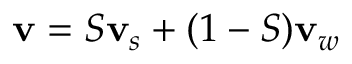
{ \bf v } = S { \bf v } _ { s } + ( 1 - S ) { \bf v } _ { w }